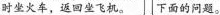
时坐火车，返回坐飞机。 下面的问题。